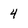
Character: 4